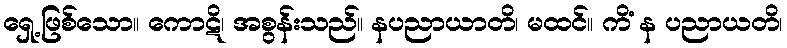
ရှေ့ဖြစ်သော။ ကောဋိ၊ အစွန်းသည်။ နပညာယာတိ၊ မထင်။ ကိံ န ပညာယတိ၊